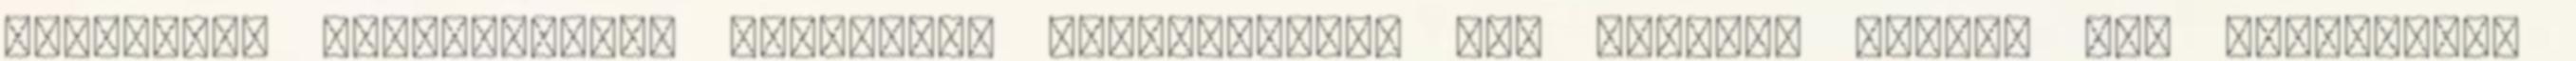
technikai üzemeltetője semmilyen felelősséget nem vállal, azokat nem ellenőrzi.